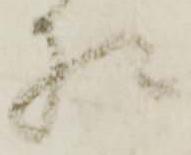
様